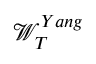
\mathcal { W } _ { T } ^ { Y a n g }